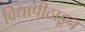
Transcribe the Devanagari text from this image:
विद्यापीठाडून